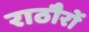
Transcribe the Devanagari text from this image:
राठौरों